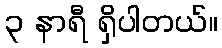
၃ နာရီ ရှိပါတယ်။